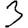
Digit: 3